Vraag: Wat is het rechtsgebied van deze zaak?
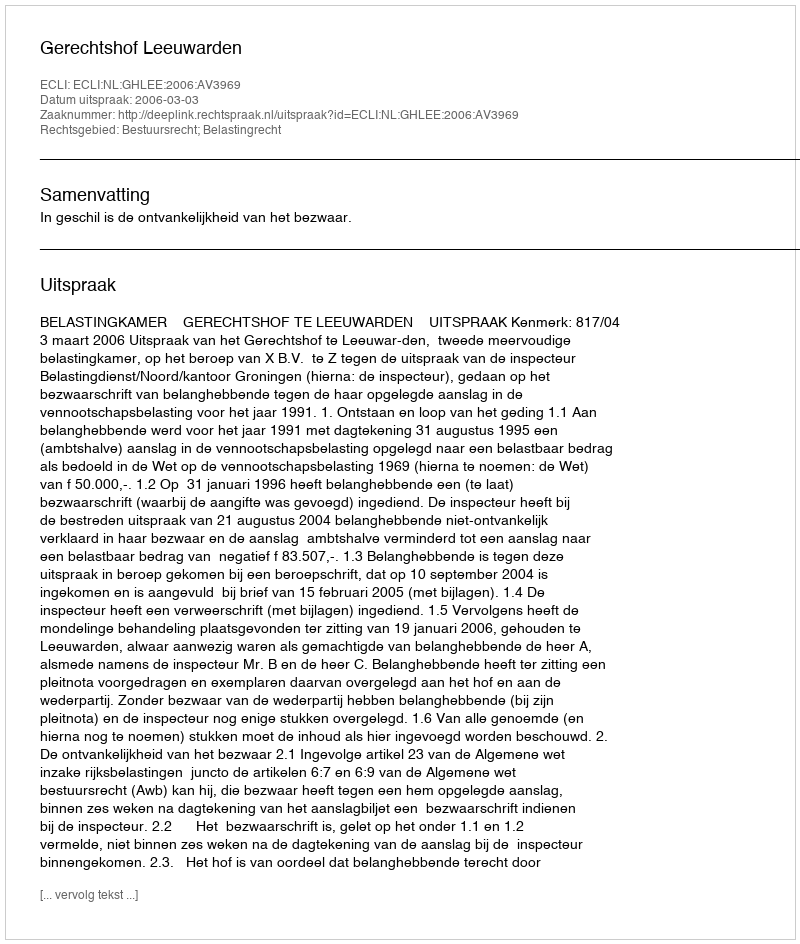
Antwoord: Bestuursrecht; Belastingrecht